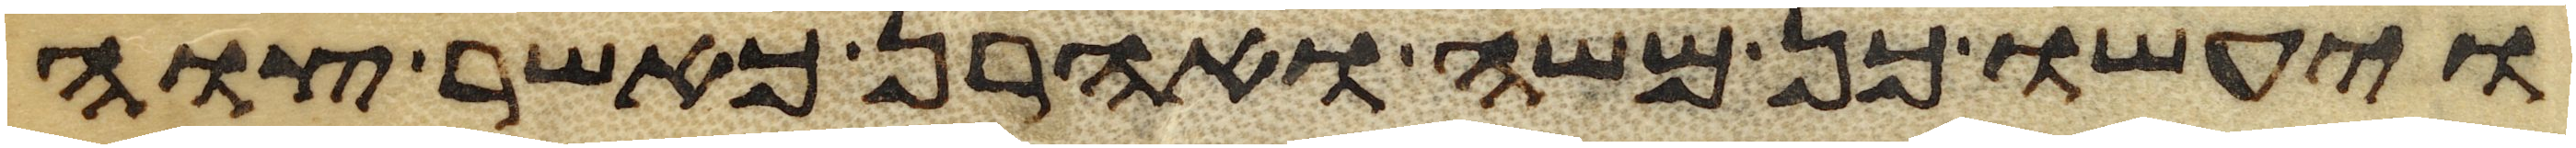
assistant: ויעשו כן משה ואהרן כאשר צוה